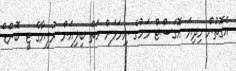
އެގޮތުން މިދިޔަ އޮގަސްޓް މަހުގެ ނިޔަލަށް ހަތް ބިލިއަން ރުފިޔާގެ ޓީ ބޮންޑް